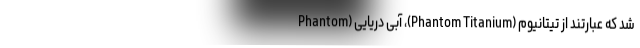
شد که عبارتند از تیتانیوم (Phantom Titanium)، آبی دریایی (Phantom